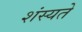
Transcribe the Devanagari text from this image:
शंस्यते